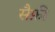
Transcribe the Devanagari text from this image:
सैफ़ी